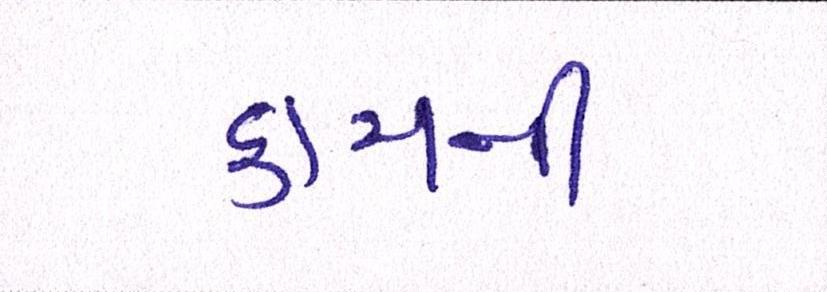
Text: કામની